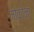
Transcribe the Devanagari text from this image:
मोकोना